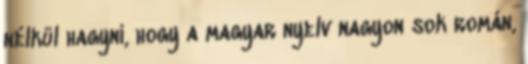
nélkül hagyni, hogy a magyar nyelv nagyon sok román,